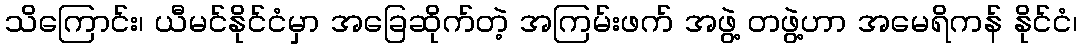
သိကြောင်း၊ ယီမင်နိုင်ငံမှာ အခြေဆိုက်တဲ့ အကြမ်းဖက် အဖွဲ့ တဖွဲ့ဟာ အမေရိကန် နိုင်ငံ၊